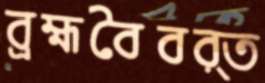
ব্রহ্মবৈবর্ত